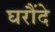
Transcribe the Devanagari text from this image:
घरौंदे